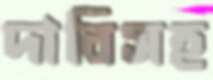
দাবিসহ